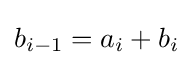
b_{i-1}=a_{i}+b_{i}